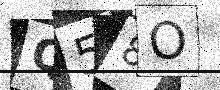
Text: Q58O